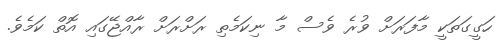
ހަގީގަތަކީ މާފަރަށް ވުރެ ވެސް މާ ނިކަމެތި ރަށްރަށް ރާއްޖޭގައި އޮތް ކަމެވެ.